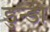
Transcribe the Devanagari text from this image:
डुन्डी